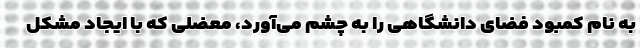
به نام کمبود فضای دانشگاهی را به چشم می‌آورد، معضلی که با ایجاد مشکل